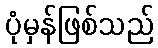
ပုံမှန်ဖြစ်သည်